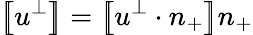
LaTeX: \left[\! \! \left[u^{\perp}\right]\! \! \right]=\left[\! \! \left[u^{\perp}\cdot n_{+}\right]\! \! \right]n_{+}